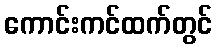
ကောင်းကင်ထက်တွင်